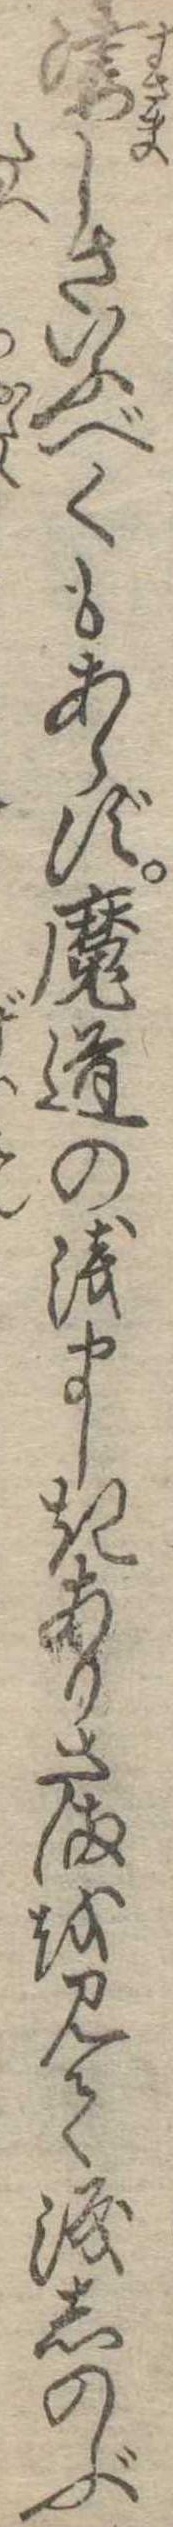
凄しさいふべくもあらず魔道の浅ましきありさまを見て涙しのぶ